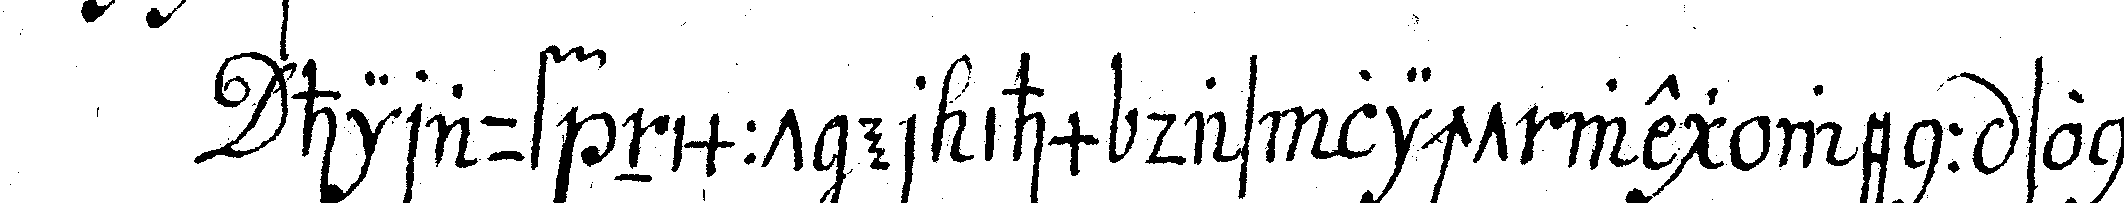
hirauf nimmt er ihm das licht weg wenn sonst